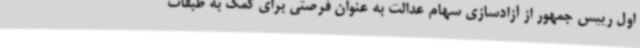
اول رییس جمهور از آزادسازی سهام عدالت به عنوان فرصتی برای کمک به طبقات